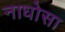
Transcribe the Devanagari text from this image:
नाधोसा